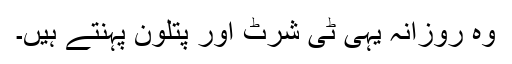
وہ روزانہ یہی ٹی شرٹ اور پتلون پہنتے ہیں۔